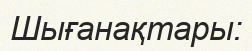
Шығанақтары: